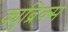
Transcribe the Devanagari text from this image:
क्युब्रिक्स